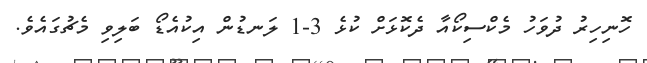
ހޮނިހިރު ދުވަހު މެކްސިކޯއާ ދެކޮޅަށް ކުޅެ 3-1 ލަނޑުން އިކުއެޑޯ ބަލިވި މެޗުގައެވެ.